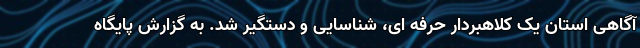
آگاهی استان یک کلاهبردار حرفه ای، شناسایی و دستگیر شد. به گزارش پایگاه